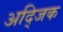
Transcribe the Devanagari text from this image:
अद्जिक